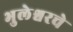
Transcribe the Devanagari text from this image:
भुलेश्वरचे